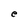
Character: e